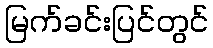
မြက်ခင်းပြင်တွင်